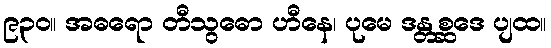
၉၃၀။ အဓရော တီသွဓော ဟီနေ၊ ပုမေ ဒန္တစ္ဆဒေ ပျထ။